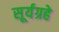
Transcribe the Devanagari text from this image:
सूर्यग्रहे